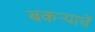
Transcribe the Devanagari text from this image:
बकर्‍याचें